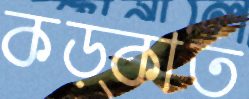
কড়্‌কাত